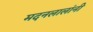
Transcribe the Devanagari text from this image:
मदनलालांनी